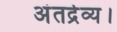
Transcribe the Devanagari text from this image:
अंतर्द्रव्य।